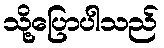
သို့ပြောပါသည်